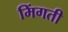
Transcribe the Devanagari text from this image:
मिंगती